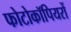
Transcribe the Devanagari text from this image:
फोटोकॉपियरों